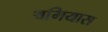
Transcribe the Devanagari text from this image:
अमियास